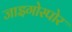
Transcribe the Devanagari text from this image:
जाइगोस्पोर